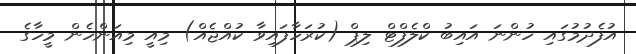
އުފެދުމުގައި ހުންނަ އައިބު ކްލެފްޓް ލިޕް (ކުރަހާފައިވާ ކުއްޖެއް) މިއީ މިއަންހެން މީހާގެ